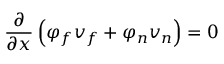
\frac { \partial } { \partial x } \left( \varphi _ { f } v _ { f } + \varphi _ { n } v _ { n } \right) = 0